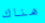
هناك